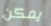
يمكن